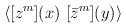
LaTeX: \begin{align*}\label{two-point:D-term}\langle \left[ {z}^m \right] \!(x) \,\left[ {\bar z}^{m} \right] \!(y) \rangle\end{align*}